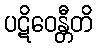
ပဋိဝေန္တီတိ